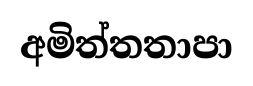
අමිත්තතාපා